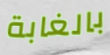
بالغابة